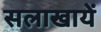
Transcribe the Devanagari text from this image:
सलाखायें